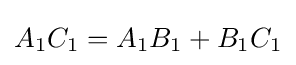
A_{1}C_{1}=A_{1}B_{1}+B_{1}C_{1}